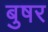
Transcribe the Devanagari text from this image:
बुषर